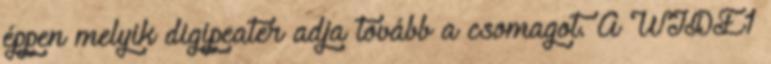
éppen melyik digipeater adja tovább a csomagot. A WIDE1